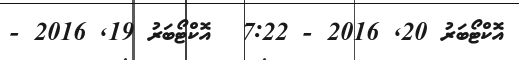
އޮކްޓޯބަރު 20